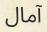
آمال